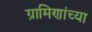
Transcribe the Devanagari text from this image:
ग्रामिणांच्या